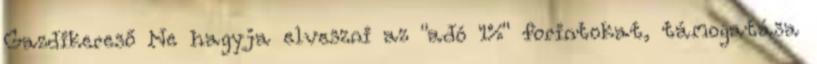
Gazdikereső Ne hagyja elveszni az "adó 1%" forintokat, támogatása